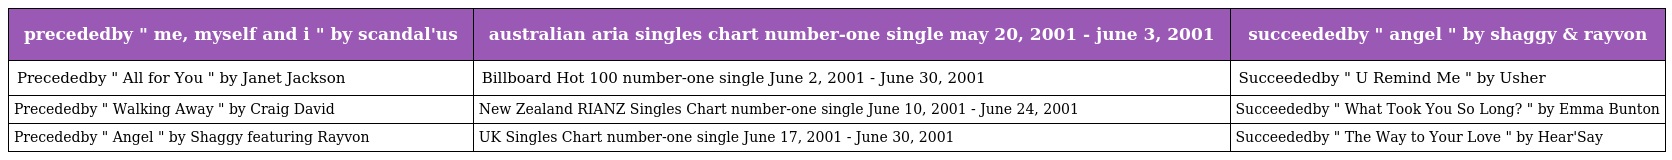
| precededby " me, myself and i " by scandal'us | australian aria singles chart number-one single may 20, 2001 - june 3, 2001 | succeededby " angel " by shaggy & rayvon |
 | --- | --- | --- |
 | Precededby " All for You " by Janet Jackson | Billboard Hot 100 number-one single June 2, 2001 - June 30, 2001 | Succeededby " U Remind Me " by Usher |
 | Precededby " Walking Away " by Craig David | New Zealand RIANZ Singles Chart number-one single June 10, 2001 - June 24, 2001 | Succeededby " What Took You So Long? " by Emma Bunton |
 | Precededby " Angel " by Shaggy featuring Rayvon | UK Singles Chart number-one single June 17, 2001 - June 30, 2001 | Succeededby " The Way to Your Love " by Hear'Say |